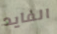
الفايد